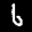
Label: 6